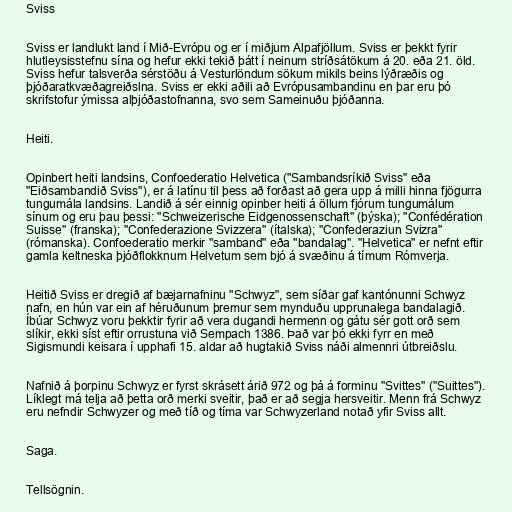
Sviss

Sviss er landlukt land í Mið-Evrópu og er í miðjum Alpafjöllum. Sviss er þekkt fyrir
hlutleysisstefnu sína og hefur ekki tekið þátt í neinum stríðsátökum á 20. eða 21. öld.
Sviss hefur talsverða sérstöðu á Vesturlöndum sökum mikils beins lýðræðis og
þjóðaratkvæðagreiðslna. Sviss er ekki aðili að Evrópusambandinu en þar eru þó
skrifstofur ýmissa alþjóðastofnanna, svo sem Sameinuðu þjóðanna.

Heiti.

Opinbert heiti landsins, Confoederatio Helvetica ("Sambandsríkið Sviss" eða
"Eiðsambandið Sviss"), er á latínu til þess að forðast að gera upp á milli hinna fjögurra
tungumála landsins. Landið á sér einnig opinber heiti á öllum fjórum tungumálum
sínum og eru þau þessi: "Schweizerische Eidgenossenschaft" (þýska); "Confédération
Suisse" (franska); "Confederazione Svizzera" (ítalska); "Confederaziun Svizra"
(rómanska). Confoederatio merkir "samband" eða "bandalag". "Helvetica" er nefnt eftir
gamla keltneska þjóðflokknum Helvetum sem bjó á svæðinu á tímum Rómverja.

Heitið Sviss er dregið af bæjarnafninu "Schwyz", sem síðar gaf kantónunni Schwyz
nafn, en hún var ein af héruðunum þremur sem mynduðu upprunalega bandalagið.
Íbúar Schwyz voru þekktir fyrir að vera dugandi hermenn og gátu sér gott orð sem
slíkir, ekki síst eftir orrustuna við Sempach 1386. Það var þó ekki fyrr en með
Sigismundi keisara í upphafi 15. aldar að hugtakið Sviss náði almennri útbreiðslu.

Nafnið á þorpinu Schwyz er fyrst skrásett árið 972 og þá á forminu "Svittes" ("Suittes").
Líklegt má telja að þetta orð merki sveitir, það er að segja hersveitir. Menn frá Schwyz
eru nefndir Schwyzer og með tíð og tíma var Schwyzerland notað yfir Sviss allt.

Saga.

Tellsögnin.